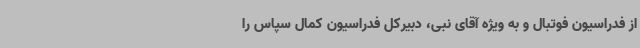
از فدراسیون فوتبال و به ویژه آقای نبی، دبیرکل فدراسیون کمال سپاس را